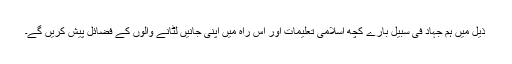
ذیل میں ہم جہاد فی سبیل بارے کچھ اسلامی تعلیمات اور اس راہ میں اپنی جانیں لٹانے والوں کے فضائل پیش کریں گے۔